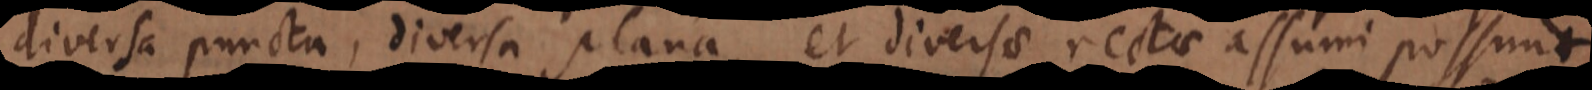
diversa puncta, diversa plana, et diversae rectae assumi possunt,